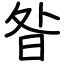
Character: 昝